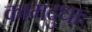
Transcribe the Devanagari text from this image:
कामदुधाः